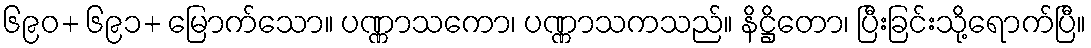
၆၉၀+ ၆၉၁+ မြောက်သော။ ပဏ္ဏာသကော၊ ပဏ္ဏာသကသည်။ နိဋ္ဌိတော၊ ပြီးခြင်းသို့ရောက်ပြီ။